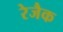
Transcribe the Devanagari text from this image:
रेजैक